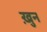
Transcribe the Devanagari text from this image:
ख़ुन